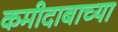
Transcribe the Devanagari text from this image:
कमीदाबाच्या